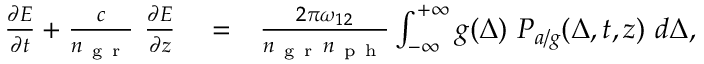
\begin{array} { r l r } { \frac { \partial E } { \partial t } + \frac { c } { n _ { \mathrm { ~ g ~ r ~ } } } \ \frac { \partial E } { \partial z } } & { { } = } & { \frac { 2 \pi \omega _ { 1 2 } } { n _ { \mathrm { ~ g ~ r ~ } } n _ { \mathrm { ~ p ~ h ~ } } } \int _ { - \infty } ^ { + \infty } g ( \Delta ) \ P _ { a / g } ( \Delta , t , z ) \ d \Delta , } \end{array}